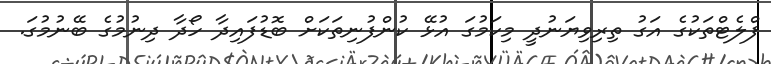
ފްލެޓްތަކުގެ އަގު ތިރިވިޔަނުދީ މިކަމުގަ އުޅޭ ކުންފުނިތަކަށް ބޮޑުފައިދާ ހޯދާ ދިނުމުގެ ބޭނުމުގަ.